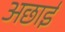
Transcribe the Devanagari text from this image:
अछाई